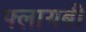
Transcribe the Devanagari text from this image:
फ्लायबी